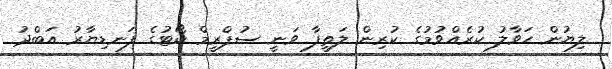
ލިޔުން ހަވާލު ކުރެއްވުމުގެ ކުރިން ލަތީފާ ވަނީ ސުޕްރީމް ކޯޓުގެ ފަނޑިޔާރު އަބްދު